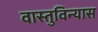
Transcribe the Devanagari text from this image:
वास्तुविन्यास